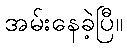
အမ်းနေခဲ့ပြီ။